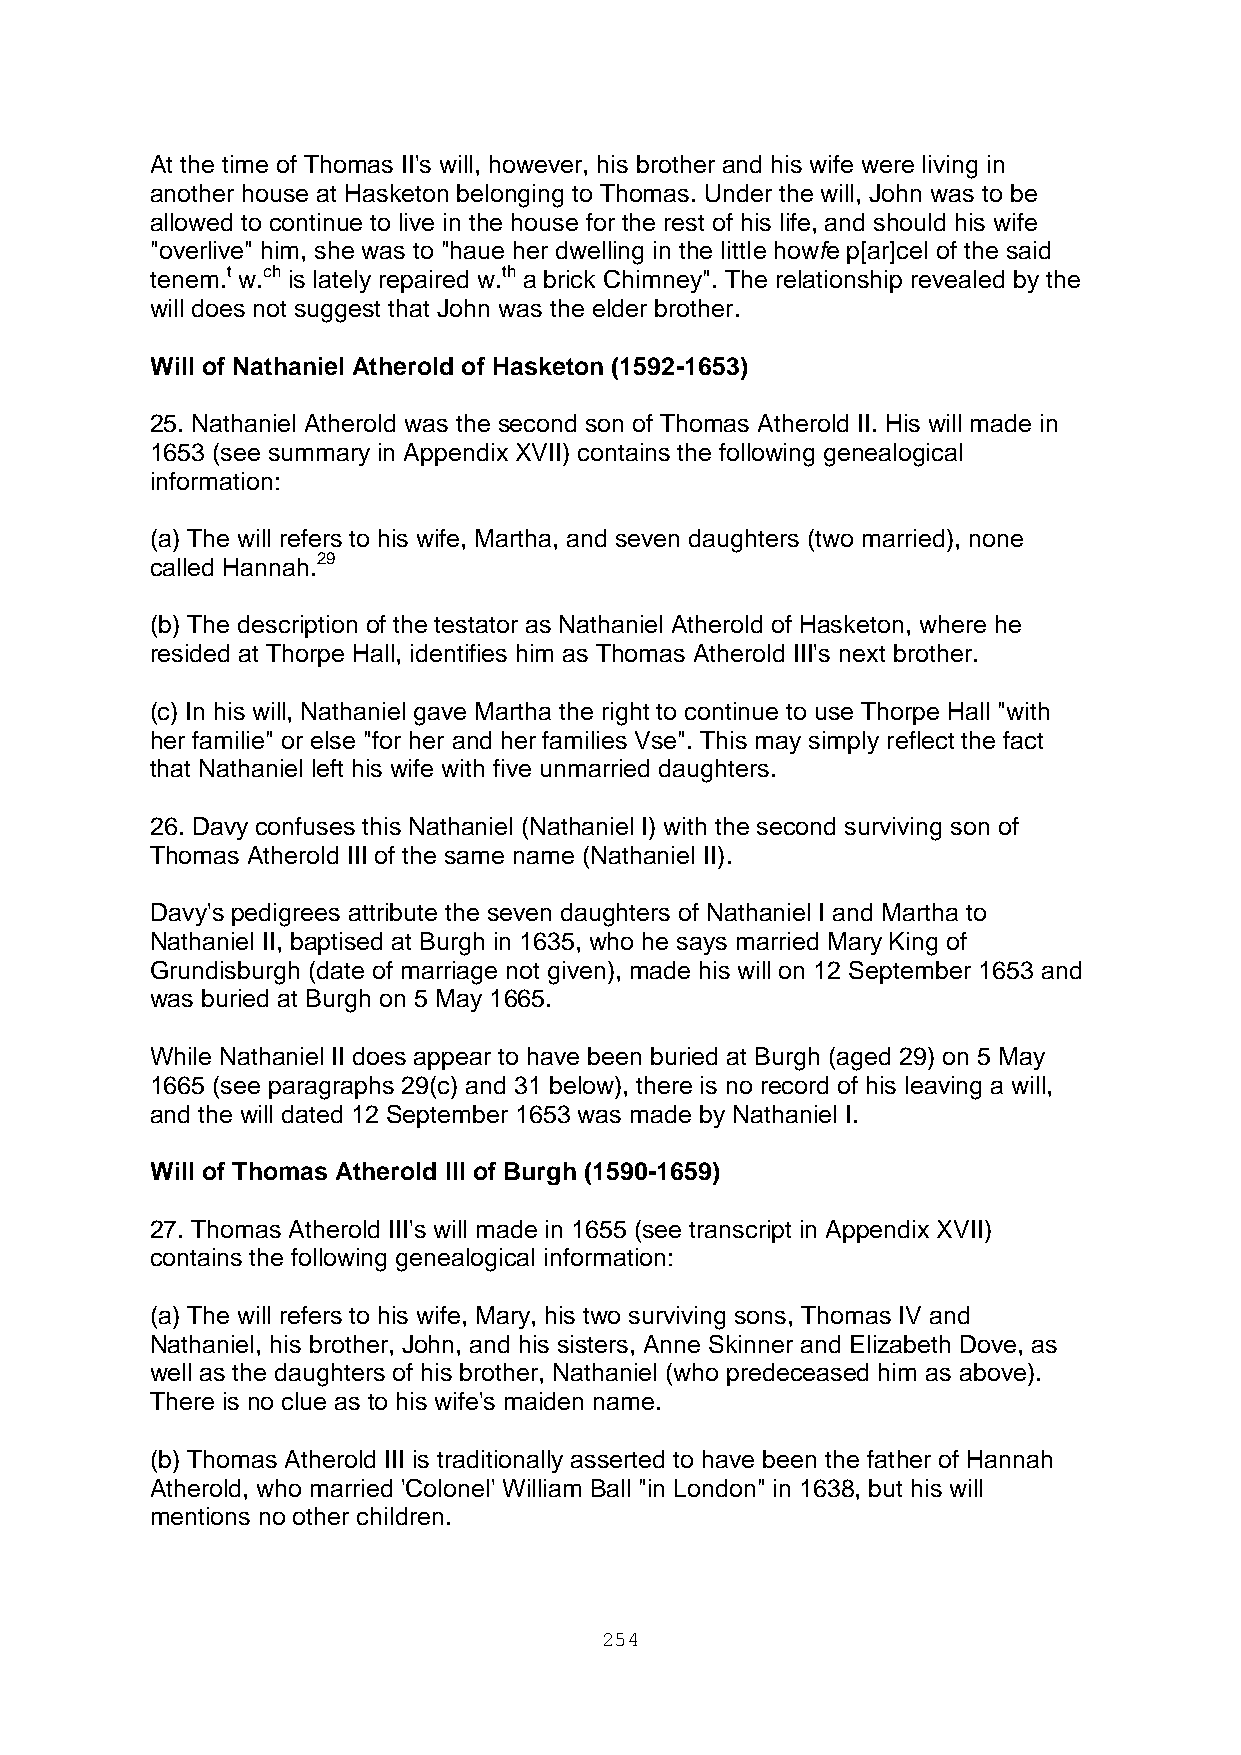
At the time of Thomas II's will, however, his brother and his wife were living in
 another house at Hasketon belonging to Thomas. Under the will, John was to be
 allowed to continue to live in the house for the rest of his life, and should his wife
 "overlive" him, she was to "haue her dwelling in the little howfe p[ar]cel of the said
 tenem.t w.ch is lately repaired w.th a brick Chimney". The relationship revealed by the
 will does not suggest that John was the elder brother.
 Will of Nathaniel Atherold of Hasketon (1592-1653)
 25. Nathaniel Atherold was the second son of Thomas Atherold II. His will made in
 1653 (see summary in Appendix XVII) contains the following genealogical
 information:
 (a) The will refers to his wife, Martha, and seven daughters (two married), none
 called Hannah.29
 (b) The description of the testator as Nathaniel Atherold of Hasketon, where he
 resided at Thorpe Hall, identifies him as Thomas Atherold III's next brother.
 (c) In his will, Nathaniel gave Martha the right to continue to use Thorpe Hall "with
 her familie" or else "for her and her families Vse". This may simply reflect the fact
 that Nathaniel left his wife with five unmarried daughters.
 26. Davy confuses this Nathaniel (Nathaniel I) with the second surviving son of
 Thomas Atherold III of the same name (Nathaniel II).
 Davy's pedigrees attribute the seven daughters of Nathaniel I and Martha to
 Nathaniel II, baptised at Burgh in 1635, who he says married Mary King of
 Grundisburgh (date of marriage not given), made his will on 12 September 1653 and
 was buried at Burgh on 5 May 1665.
 While Nathaniel II does appear to have been buried at Burgh (aged 29) on 5 May
 1665 (see paragraphs 29(c) and 31 below), there is no record of his leaving a will,
 and the will dated 12 September 1653 was made by Nathaniel I.
 Will of Thomas Atherold III of Burgh (1590-1659)
 27. Thomas Atherold III's will made in 1655 (see transcript in Appendix XVII)
 contains the following genealogical information:
 (a) The will refers to his wife, Mary, his two surviving sons, Thomas IV and
 Nathaniel, his brother, John, and his sisters, Anne Skinner and Elizabeth Dove, as
 well as the daughters of his brother, Nathaniel (who predeceased him as above).
 There is no clue as to his wife's maiden name.
 (b) Thomas Atherold III is traditionally asserted to have been the father of Hannah
 Atherold, who married 'Colonel' William Ball "in London" in 1638, but his will
 mentions no other children.
 254